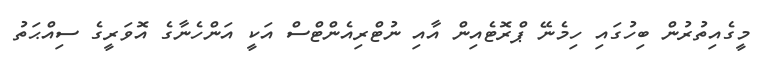
މީގެއިތުރުން ބިހުގައި ހިމެނޭ ޕްރޮޓެއިން އާއި ނުޓްރިއެންޓްސް އަކީ އަންހެނާގެ އޮވަރީގެ ސިއްޙަތު